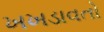
ખખડાવતો